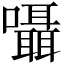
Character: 囁